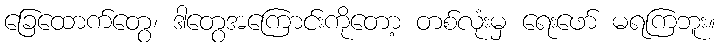
ခြေထောက်တွေ၊ ဒါတွေအကြောင်းကိုတော့ တစ်လုံးမှ ရေးဖော် မရကြဘူး။